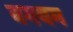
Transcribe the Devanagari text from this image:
बगयम